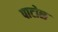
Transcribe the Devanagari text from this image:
पाटोळ